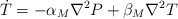
\begin{align*}\dot{T} = -\alpha_M \nabla^2P + \beta_M \nabla^2T\end{align*}